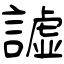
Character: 譃